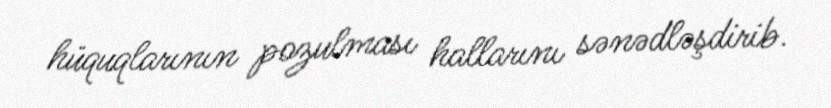
hüquqlarının pozulması hallarını sənədləşdirib.